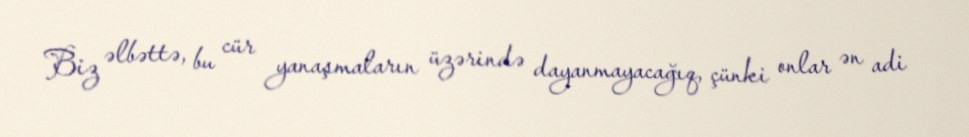
Biz əlbəttə, bu cür yanaşmaların üzərində dayanmayacağıq, çünki onlar ən adi